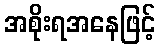
အစိုးရအနေဖြင့်